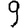
Digit: 9